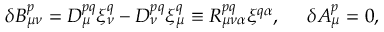
{ \delta } B _ { \mu \nu } ^ { p } = { \cal D } _ { \mu } ^ { p q } { \xi } _ { \nu } ^ { q } - { \cal D } _ { \nu } ^ { p q } { \xi } _ { \mu } ^ { q } \equiv R _ { \mu \nu \alpha } ^ { p q } { \xi } ^ { q \alpha } , \, \, \, \, \, \, \, \, { \delta } A _ { \mu } ^ { p } = 0 ,